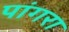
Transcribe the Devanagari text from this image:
पांगरा